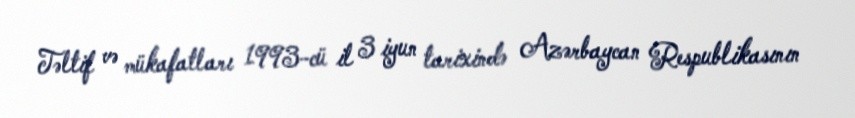
Təltif və mükafatları 1993-cü il 3 iyun tarixində Azərbaycan Respublikasının